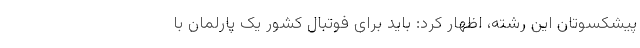
پیشکسوتان این رشته، اظهار کرد: باید برای فوتبال کشور یک پارلمان با